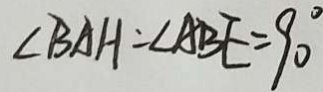
\angle B A H = \angle A B E = 9 0 ^ { \circ }